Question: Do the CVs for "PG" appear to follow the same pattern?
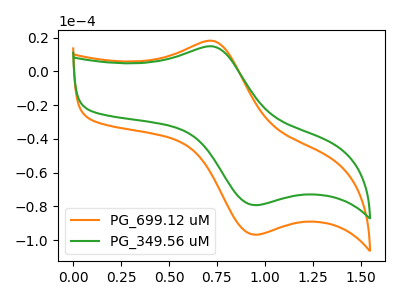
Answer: <think>The orange curve "PG_699.12 uM" has an anodic peak at (0.75V, 18.05uA) and a cathodic peak at (0.95V, -96.80uA). The green curve "PG_349.56 uM" has an anodic peak at (0.75V, 14.75uA) and a cathodic peak at (0.95V, -79.30uA).
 All the peaks in "PG_699.12 uM" have a peak in "PG_349.56 uM" at the same potential. Every peak in "PG_699.12 uM" is higher than every peak in "PG_349.56 uM".</think>
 <answer>All the CV's of "PG" have similar shape.</answer>
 <eval>follow_rule</eval>